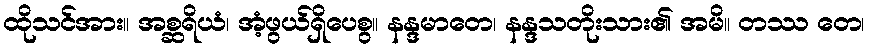
ထိုသင်အား။ အစ္ဆရိယံ၊ အံ့ဖွယ်ရှိပေစွ။ နန္ဒမာတေ၊ နန္ဒသတိုးသား၏ အမိ။ တဿ တေ၊